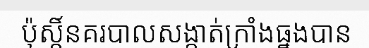
ប៉ុស្តិ៍នគរបាលសង្កាត់ក្រាំងធ្នងបាន